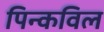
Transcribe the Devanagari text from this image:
पिन्कविल